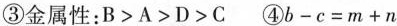
③金属性：$$B>A>D>C$$④$$b-c=m+n$$